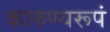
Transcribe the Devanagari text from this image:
कारुण्यरूपं